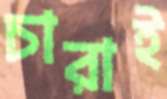
চারাই